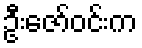
ဦးဇော်ဝင်းက